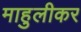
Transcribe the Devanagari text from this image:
माहुलीकर